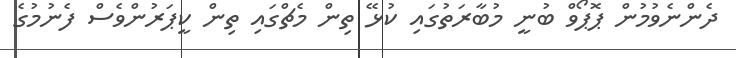
ދެންނެވުމުން ޕޮޕޯވް ބުނީ މުބާރަތުގައި ކުޅޭ ތިން މެޗްގައި ތިން ކީޕަރުންވެސް ފެނުމުގެ